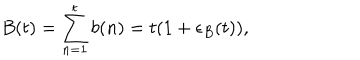
B ( t ) = \sum _ { n = 1 } ^ { t } b ( n ) = t ( 1 + \epsilon _ { B } ( t ) ) ,